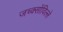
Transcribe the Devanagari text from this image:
जच्क्सोंविल्ले